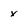
Character: x